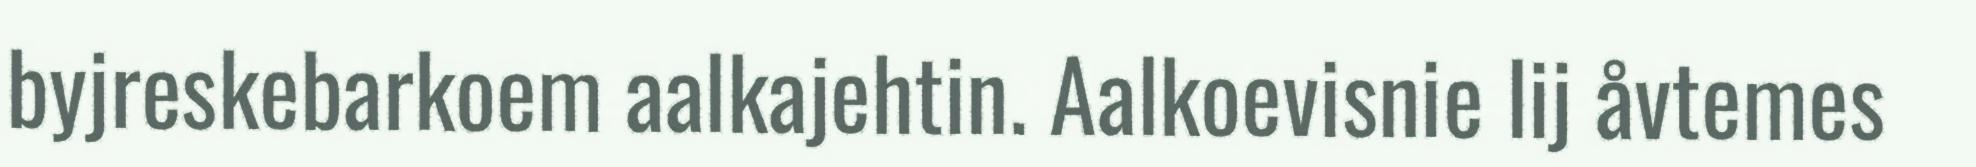
byjreskebarkoem aalkajehtin. Aalkoevisnie lij åvtemes